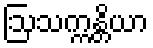
ဩသက္ကန္တိယာ